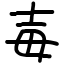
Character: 毐